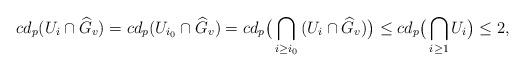
LaTeX: \begin{align*}cd_p(U_{i}\cap \widehat{G}_v)= cd_p(U_{i_0}\cap \widehat{G}_v)=cd_p\big(\displaystyle\bigcap_{i\geq i_0}{(U_i\cap \widehat{G}_v)}\big)\leq cd_p\big(\displaystyle\bigcap_{i\geq 1}{U_i}\big)\leq 2, \end{align*}